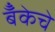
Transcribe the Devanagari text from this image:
बॅँकेचे